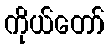
ကိုယ်တော်